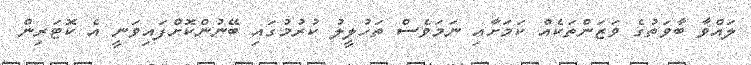
ލައްވާ ބާވަތުގެ ވަޒަންތަކެއް ކަމަށާއި ނަމަވެސް ތަހުލީލު ކުރުމުގައި ބޭނުންކޮށްފައިވަނީ އެ ކޮޓަރިން